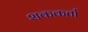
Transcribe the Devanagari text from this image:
शककर्ता